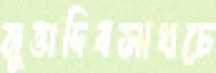
মুত্তাদিবসাখচে